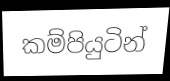
කම්පියුටින්